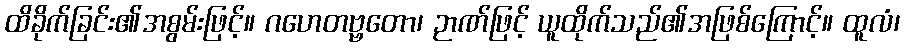
ထိခိုက်ခြင်း၏အစွမ်းဖြင့်။ ဂဟေတဗ္ဗတော၊ ဉာဏ်ဖြင့် ယူထိုက်သည်၏အဖြစ်ကြောင့်။ ထူလံ၊